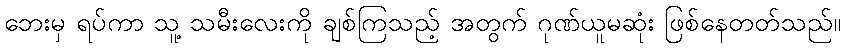
ဘေးမှ ရပ်ကာ သူ့ သမီးလေးကို ချစ်ကြသည့် အတွက် ဂုဏ်ယူမဆုံး ဖြစ်နေတတ်သည်။